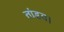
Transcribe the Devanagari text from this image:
तांडव।